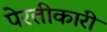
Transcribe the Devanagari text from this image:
पेरतीकारी